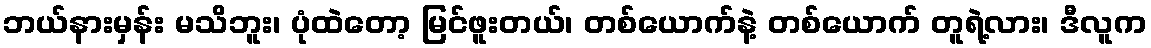
ဘယ်နားမှန်း မသိဘူး၊ ပုံထဲတော့ မြင်ဖူးတယ်၊ တစ်ယောက်နဲ့ တစ်ယောက် တူရဲ့လား၊ ဒီလူက